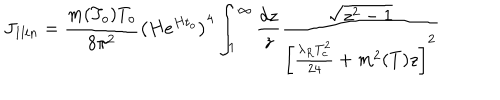
J _ { 1 l i n } = \frac { m ( T _ { o } ) T _ { o } } { 8 \pi ^ { 2 } } \left( H e ^ { H t _ { o } } \right) ^ { 4 } \int _ { 1 } ^ { \infty } \frac { d z } { z } \frac { \sqrt { z ^ { 2 } - 1 } } { \left[ \frac { \lambda _ { R } T _ { c } ^ { 2 } } { 2 4 } + m ^ { 2 } ( T ) z \right] ^ { 2 } }